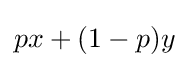
px+(1-p)y